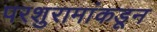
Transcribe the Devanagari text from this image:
परशुरामांकडून